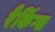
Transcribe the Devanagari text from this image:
रैंकिंग्स